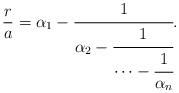
LaTeX: \begin{align*}\frac{r}{a} = \alpha_1 - \cfrac{1}{\alpha_{2} -\cfrac{1}{\dots - \cfrac{1}{\alpha_n} } }.\end{align*}